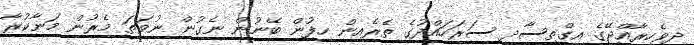
ދިވެހިރާއްޖޭގެ އިގްތިސާދީ ސަރަހައްދުގެ ތެރެއިން ހިފުން ބޭނުން ނެގުން ނުވަތަ މެރުން މަނާކުރާ